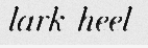
lark-heel